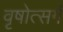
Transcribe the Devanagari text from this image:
वृषोत्सर्ग